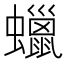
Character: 蠟